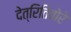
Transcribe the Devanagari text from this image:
देत्रितिवोरे